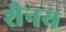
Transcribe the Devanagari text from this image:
शैनय